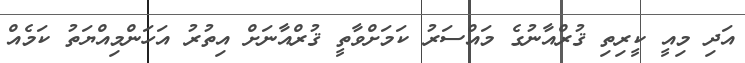
އަދި މިއީ ކީރިތި ޤުރްއާނުގެ މައްސަރު ކަމަށްވާތީ ޤުރްއާނަށް އިތުރު އަހަންމިއްޔަތު ކަމެއް